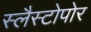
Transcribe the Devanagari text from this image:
स्लैस्टोपोर